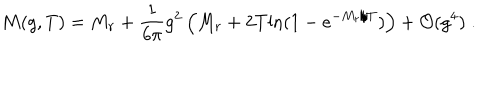
LaTeX: M ( g , T ) = M _ { r } + \frac { 1 } { 6 \pi } g ^ { 2 } \left( M _ { r } + 2 T \mathrm { l n } ( 1 - e ^ { - M _ { r } / T } ) \right) + { \cal O } ( g ^ { 4 } ) \; .